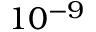
1 0 ^ { - 9 }